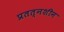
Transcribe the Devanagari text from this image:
प्रतत्नशीन